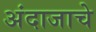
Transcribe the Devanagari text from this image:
अंदाजाचे